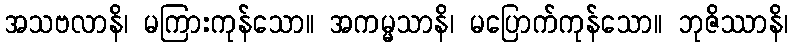
အသဗလာနိ၊ မကြားကုန်သော။ အကမ္မသာနိ၊ မပြောက်ကုန်သော။ ဘုဇိဿာနိ၊